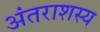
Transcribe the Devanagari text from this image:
अंतराशस्य